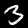
Digit: 3